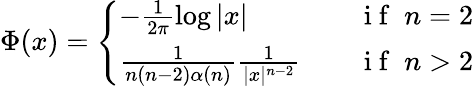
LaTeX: \begin{array}{r}{\Phi(x)=\left\{ \begin{array}{ll}{-\frac{1}{2\pi}\log|x|\quad}&{\mathrm{~i~f~}\; n=2}\\ {\frac{1}{n(n-2)\alpha(n)}\frac{1}{|x|^{n-2}}\quad}&{\mathrm{~i~f~}\; n>2}\end{array}\right.}\end{array}